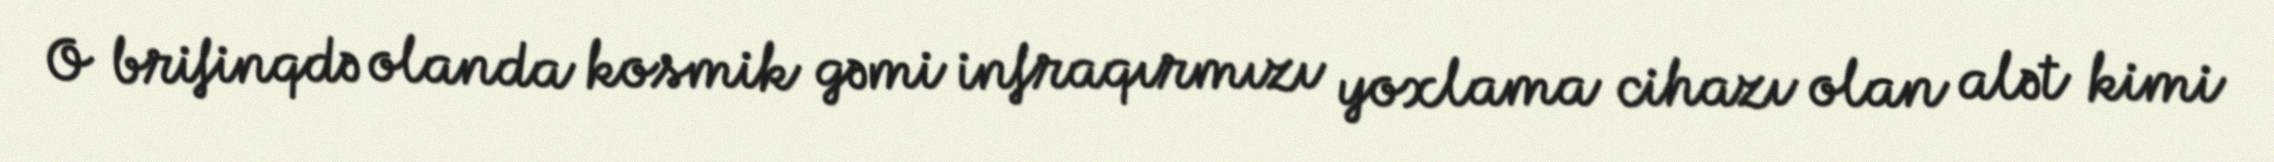
O brifinqdə olanda kosmik gəmi infraqırmızı yoxlama cihazı olan alət kimi